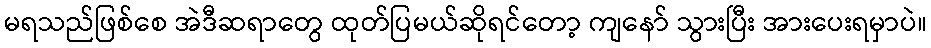
မရသည်ဖြစ်စေ အဲဒီဆရာတွေ ထုတ်ပြမယ်ဆိုရင်တော့ ကျနော် သွားပြီး အားပေးရမှာပဲ။